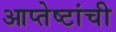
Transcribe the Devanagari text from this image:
आप्तेष्टांची